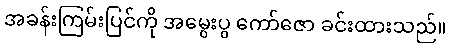
အခန်းကြမ်းပြင်ကို အမွေးပွ ကော်ဇော ခင်းထားသည်။